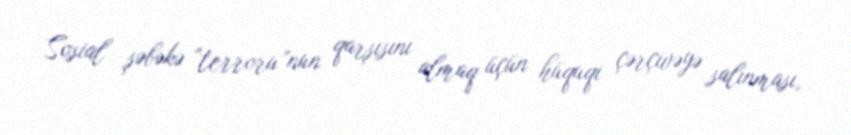
Sosial şəbəkə “terroru”nun qarşısını almaq üçün hüquqi çərçivəyə salınması,